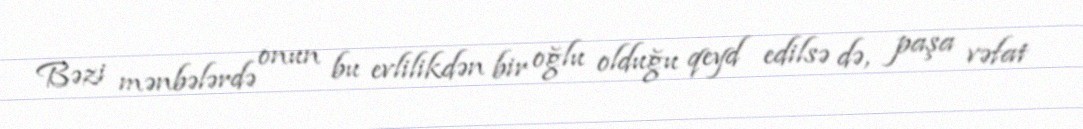
Bəzi mənbələrdə onun bu evlilikdən bir oğlu olduğu qeyd edilsə də, paşa vəfat